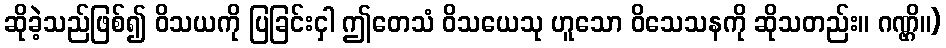
ဆိုခဲ့သည်ဖြစ်၍ ဝိသယကို ပြခြင်းငှါ ဤတေသံ ဝိသယေသု ဟူသော ဝိသေသနကို ဆိုသတည်း။ ဂဏ္ဌိ။)